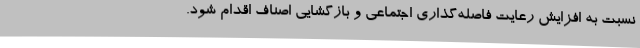
نسبت به افزایش رعایت فاصله‌گذاری اجتماعی و بازگشایی اصناف اقدام شود.